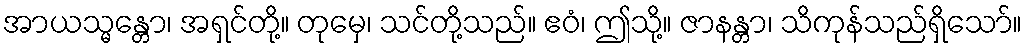
အာယသ္မန္တော၊ အရှင်တို့။ တုမှေ၊ သင်တို့သည်။ ဧဝံ၊ ဤသို့။ ဇာနန္တာ၊ သိကုန်သည်ရှိသော်။